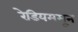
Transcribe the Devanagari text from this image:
रेडियममून